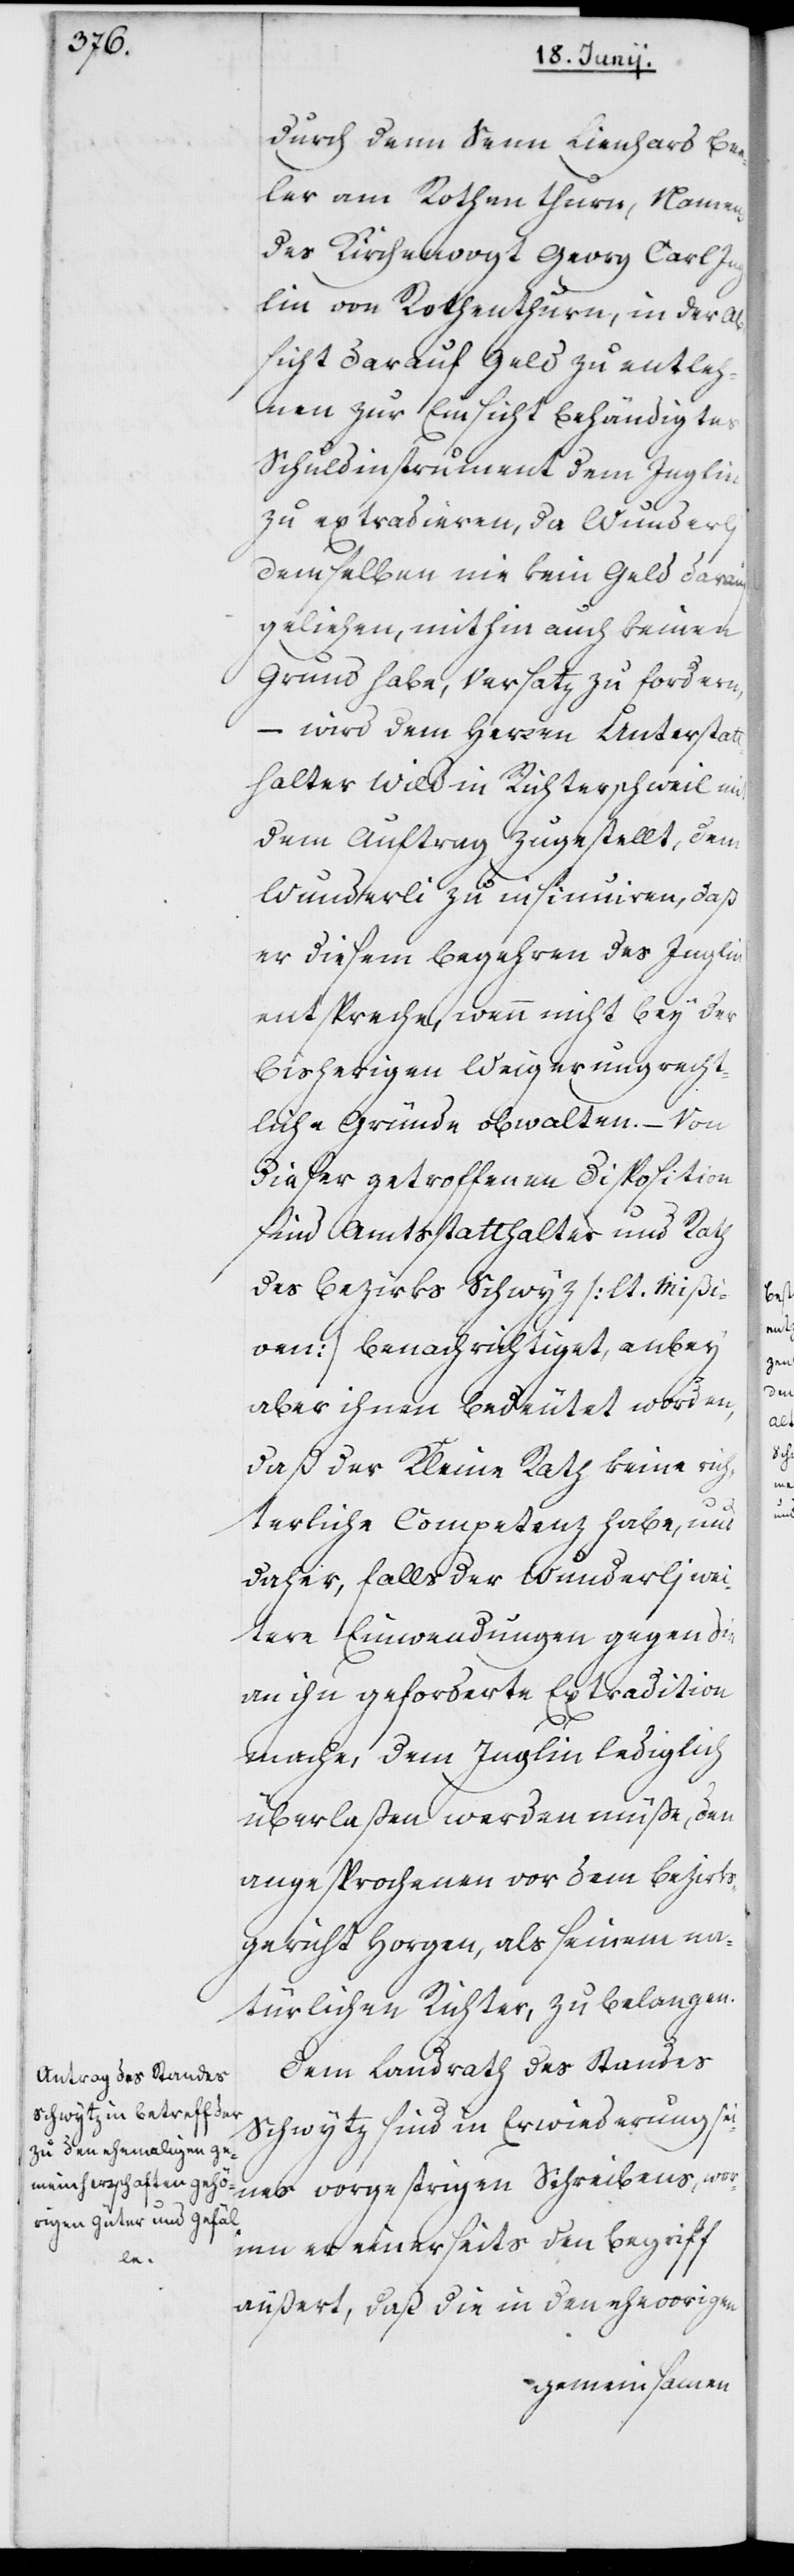
Bee¬

ler am Rothenthurn, Namens
des Kirchenvogt Georg Carl Ing¬
lin von Rothenthurn, in der Ab¬
sicht darauf Geld zu entleh¬
nen zur Einsicht behändigtes
Schuldinstrument dem Inglin
zu extradieren, da Wunderlj
demselben nie kein Geld darauf
geliehen, mithin auch keinen
Grund habe, Versatz zu fordern,
– wird dem Herren Unterstatt¬
halter Wild in Richterschweil mit
dem Auftrag zugestellt, dem
Wunderli zu insinuiren, daß
er diesem Begehren des Inglin
entspreche, wenn nicht bey der
bisherigen weigerungrecht¬
liche Gründe obwalten. – Von
dieser getroffenen Disposition
sind Amtsstatthalter und Rath
des Bezirks Schwyz (lt. Mißi¬
ven) benachrichtiget, anbey
aber ihnen bedeutet worden,
daß der Kleine Rath keine rich¬
terliche Competenz habe und
daher, falls der Wunderlj wei¬
tere Einwendungen gegen die
an ihn geforderte Extradition
mache, dem Inglin lediglich
überlaßen werden müße, den
Angesprochenen vor dem Bezirks¬
gericht Horgen, als seinem na¬
türlichen Richter, zu belangen.
Dem Landrat des Standes
Schwytz sind in Erwiederung sei¬
nes vorgestrigen Schreibens, wor¬
inn er einerseits den Begriff
äußert, daß die in den ehevorigen